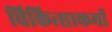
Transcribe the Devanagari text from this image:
चिकित्साकर्मी